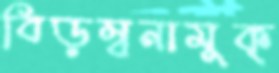
বিড়ম্বনামুক্